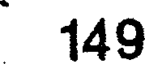
149